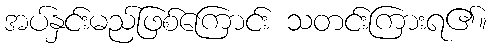
အပ်နှင်းမည်ဖြစ်ကြောင်း သတင်းကြားရ၏။